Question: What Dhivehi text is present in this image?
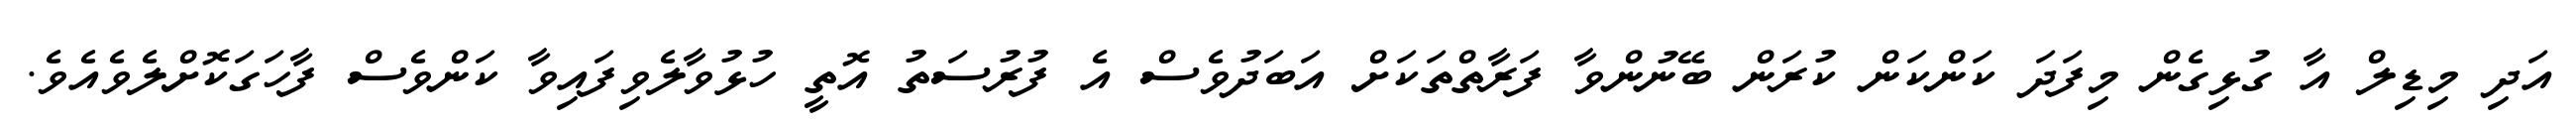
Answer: އަދި މިޑިލް އާ ގުޅިގެން މިފަދަ ކަންކަން ކުރަން ބޭނުންވާ ފަރާތްތަކަށް އަބަދުވެސް އެ ފުރުސަތު އޮތީ ހުޅުވާލެވިފައިވާ ކަންވެސް ފާހަގަކޮށްލެވެއެވެ.